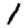
Digit: 1